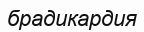
брадикардия